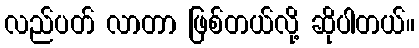
လည်ပတ် လာတာ ဖြစ်တယ်လို့ ဆိုပါတယ်။